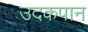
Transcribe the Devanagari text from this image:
उदकपान